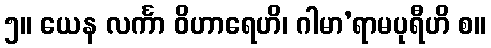
၅။ ယေန လင်္ကာ ဝိဟာရေဟိ၊ ဂါမာ’ရာမပုရီဟိ စ။